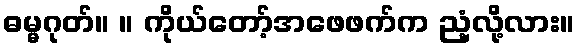
ဓမ္မဂုတ်။ ။ ကိုယ်တော့်အဖေဖက်က ညံ့လို့လား။